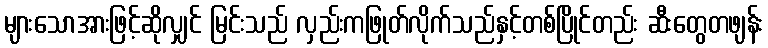
များသောအားဖြင့်ဆိုလျှင် မြင်းသည် လှည်းကဖြုတ်လိုက်သည်နှင့်တစ်ပြိုင်တည်း ဆီးတွေတဖျန်း